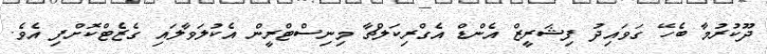
ދޫކުރުމާ ބެހޭ ގަވައިދު ފިޝަރީޒް އެންޑް އެގްރިކަލްޗާ މިނިސްޓްރީން އެކުލަވާލައި ގެޒެޓްކޮށްފި އެވެ.